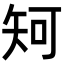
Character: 𥎵